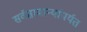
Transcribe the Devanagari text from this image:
सर्वसामान्यांपर्यत